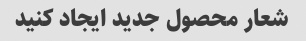
شعار محصول جدید ایجاد کنید